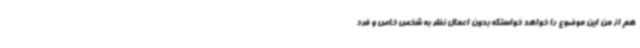
هم از من این موضوع را خواهد خواستکه بدون اعمال نظر به شخص خاص و فرد